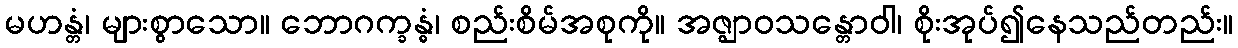
မဟန္တံ၊ များစွာသော။ ဘောဂက္ခန္ဓံ၊ စည်းစိမ်အစုကို။ အဇ္ဈာဝသန္တောဝါ၊ စိုးအုပ်၍နေသည်တည်း။